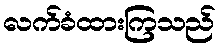
လက်ခံထားကြသည်